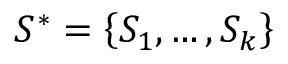
S ^ { * } = \left\{ S _ { 1 } , \ldots , S _ { k } \right\}